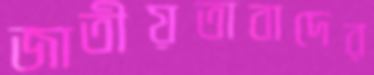
জাতীয়তাবাদের